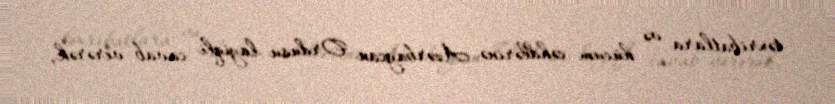
təxribatlara və hücum cəhdlərinə Azərbaycan Ordusu layiqli cavab verərək,